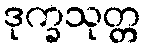
ဒုက္ခသုတ္တ